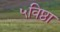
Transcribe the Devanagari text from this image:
५विष्ठा